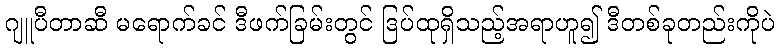
ဂျူပီတာဆီ မရောက်ခင် ဒီဖက်ခြမ်းတွင် ဒြပ်ထုရှိသည့်အရာဟူ၍ ဒီတစ်ခုတည်းကိုပဲ